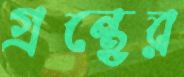
গ্রন্থের